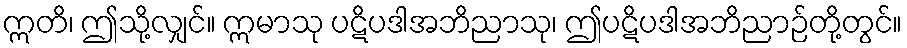
ဣတိ၊ ဤသို့လျှင်။ ဣမာသု ပဋိပဒါအဘိညာသု၊ ဤပဋိပဒါအဘိညာဉ်တို့တွင်။